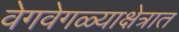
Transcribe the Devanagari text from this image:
वेगवेगळ्याक्षेत्रात